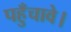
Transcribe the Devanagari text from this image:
पहुँचावे।